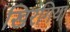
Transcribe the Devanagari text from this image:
खिरंगिया